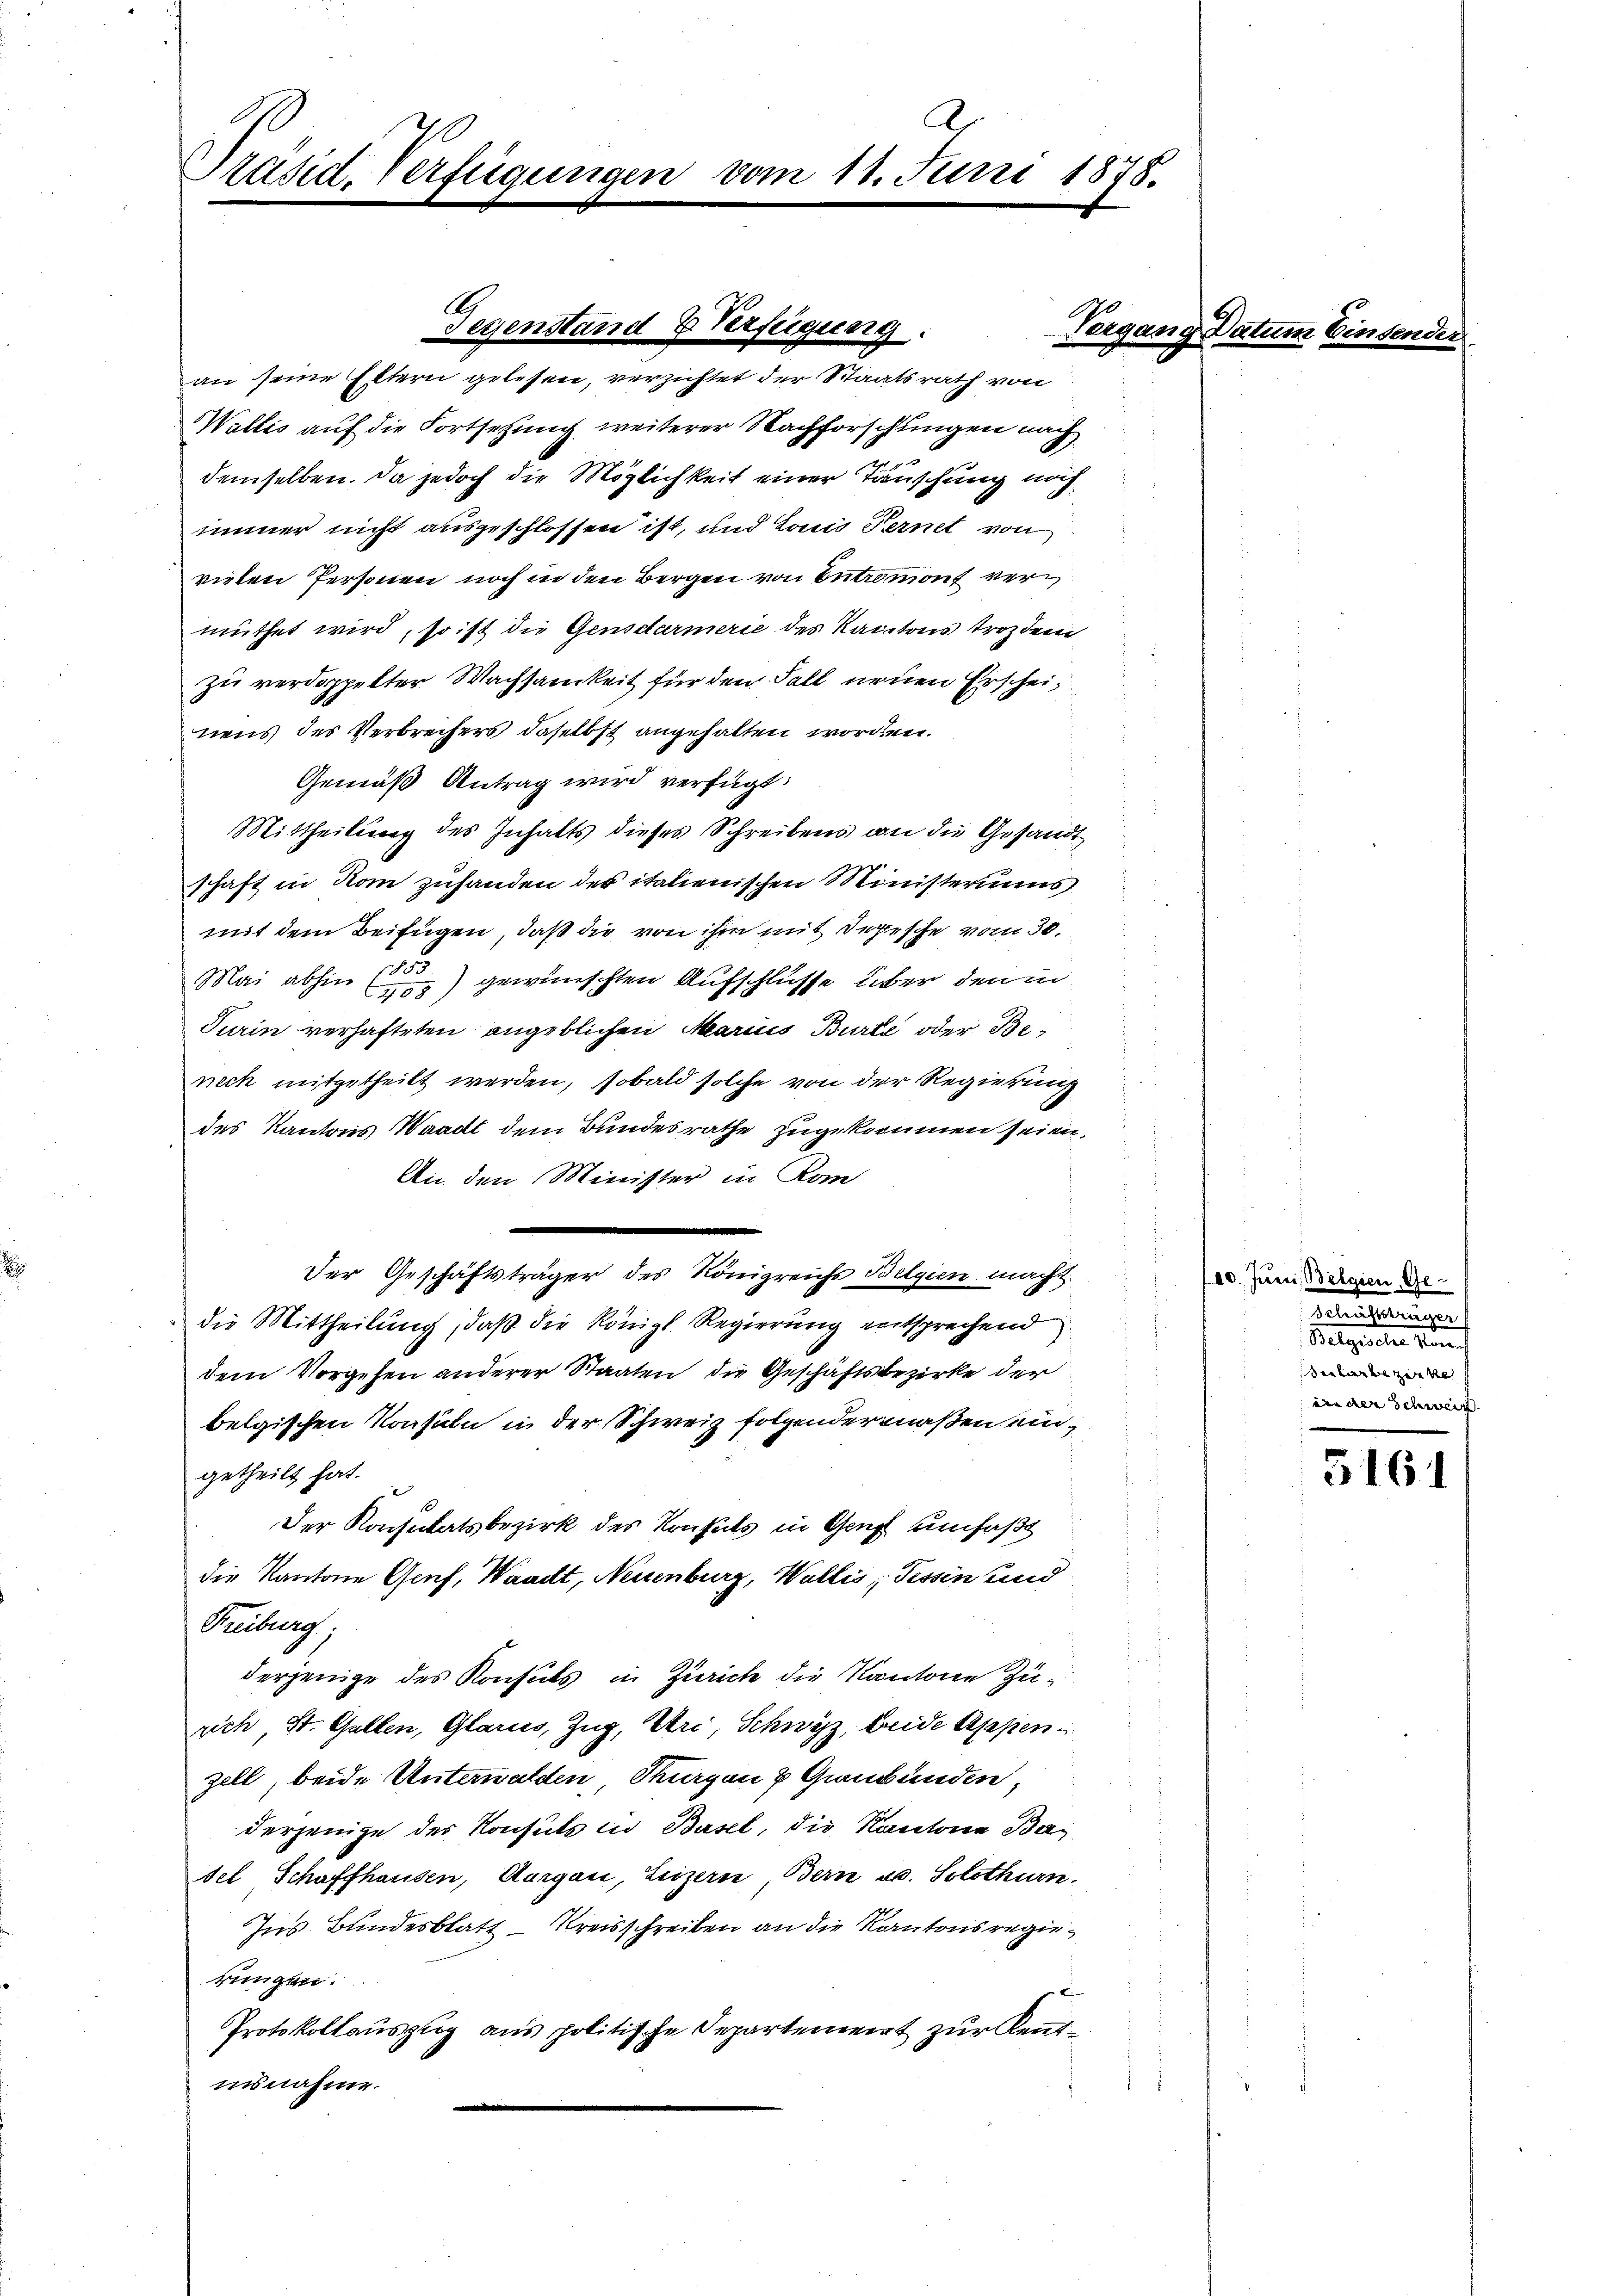
Präsid. Verfügungen

Wallis auf die Fortsetzung weiterer Nachforschungen nach
demselben. Da jedoch die Möglichkeit einer Täuschung noch
immer nicht ausgeschlossen ist, und Land Fernet von
vielen Personen noch in den Bergen von Entremont vermuthet wird, so ist die Gensdarmerie des Kantons trozdem
zu verdoppelter Wachsamkeit für den Fall neuen Erscheinens des Verbrechers daselbst angehalten worden.
Gemäß Antrag wird verfügt:
Mittheilung des Inhalts dieses Schreibens an die Gesandtschaft in Rom zuhanden des italienischen Ministeriums
mit dem Beifügen, daß die von ihm mit Depesche vom 30.
Mai abhin) gewünschten Aufschlüsse über den in
Turin verhafteten angeblichen Marius Burte oder Beneck mitgetheilt werden, sobald solche von der Regierung
des Kantons Waadt dem Bundesrathe zugekommen seien,
An den Minister in Kom
.
Der Geschäftsträger des Königreichs Belgien macht
die Mittheilung, daß die Königl. Regierung entsprechend
dem Vorgehen anderer Staaten, die Geschäftsbezirke der
belgischen Konsuln in der Schweiz folgendermaßen ein,
getheilt hat.
Der Konsulatsbezirk des Konsuls in Genf umfaßt
die Kantone Genf, Waadt, Neuenburg, Wallis, Tessin und
Freiburg,
derjenige des Konsuls in Zürich die Kantone Züsich St. Gallen, Glarus, Zug, Uri, Schwyz, beide Appenzell beide Unterwalden Thurgen 2 Graubünden
derjenige des Konsuls in Basel, die Kantone Basel Schaffhausen, Aargau, Luzern, Bern u. Solothurn.
Ins Bundesblatt – Kreisschreiben an die Kantonsregierungsr
Protokollauszug aus politische Departement zur Kenntinsnahme.

A
vom 11. Juni 1878.

Gegenstand & Verfügung.
A
an seine Eltern gelesen, verzichtet der Staatsrath von

10. Juni, Belgien, Ge
Diensteigen
e
Beater bezirke
ini der Schweiz.

5161